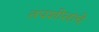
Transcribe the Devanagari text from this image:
तपशीलांचे